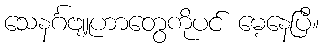
သေနင်္ဂဗျူဟာတွေကိုပင် မေ့နေပြီ။